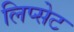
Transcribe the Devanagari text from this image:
लिप्सेट